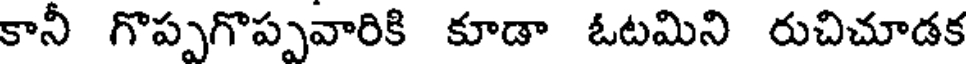
కానీ గొప్పగొప్పవారికి కూడా ఓటమిని రుచిచూడక